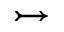
\rightarrowtail